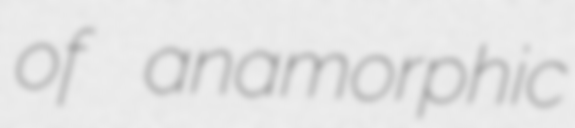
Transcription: of anamorphic